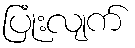
ပြုံးလျက်